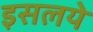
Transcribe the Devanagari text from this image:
इसलये